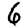
Digit: 6